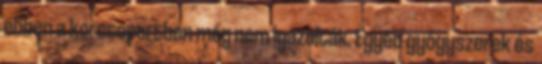
ebben a korcsoportban még nem igazolták. Egyéb gyógyszerek és